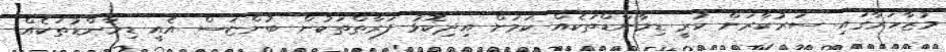
މުޒާހަރާގައި ސަރުކާރަށް ކުރީ ޑިމާންޑްތަކެއް ކަމަށް އިދިކޮޅު ފަރާތްތަކުން ބުންޏަސް އެއީ ޑިމާންޑުތަކެއް